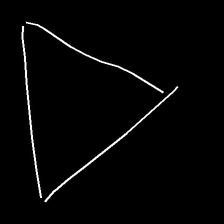
Glyph: convergence